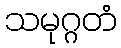
သမုဂ္ဂတံ